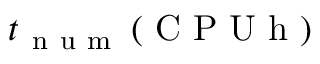
t _ { \mathrm { ~ n ~ u ~ m ~ } } \left( \mathrm { ~ C ~ P ~ U ~ h ~ } \right)